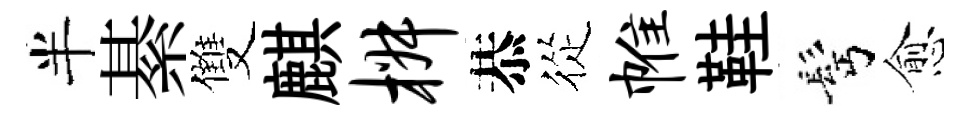
半綦雙麒椒恭從帷鞋髩愈